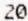
20